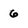
Character: 6